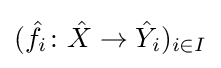
({\hat {f}}_{i}\colon {\hat {X}}\to {\hat {Y}}_{i})_{i\in I}